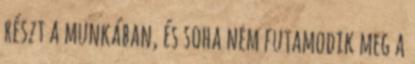
részt a munkában, és soha nem futamodik meg a